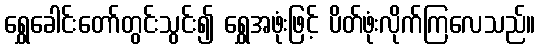
ရွှေခေါင်းတော်တွင်းသွင်း၍ ရွှေအဖုံးဖြင့် ပိတ်ဖုံးလိုက်ကြလေသည်။